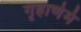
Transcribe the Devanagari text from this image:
गृहाणेमं